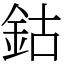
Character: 鈷